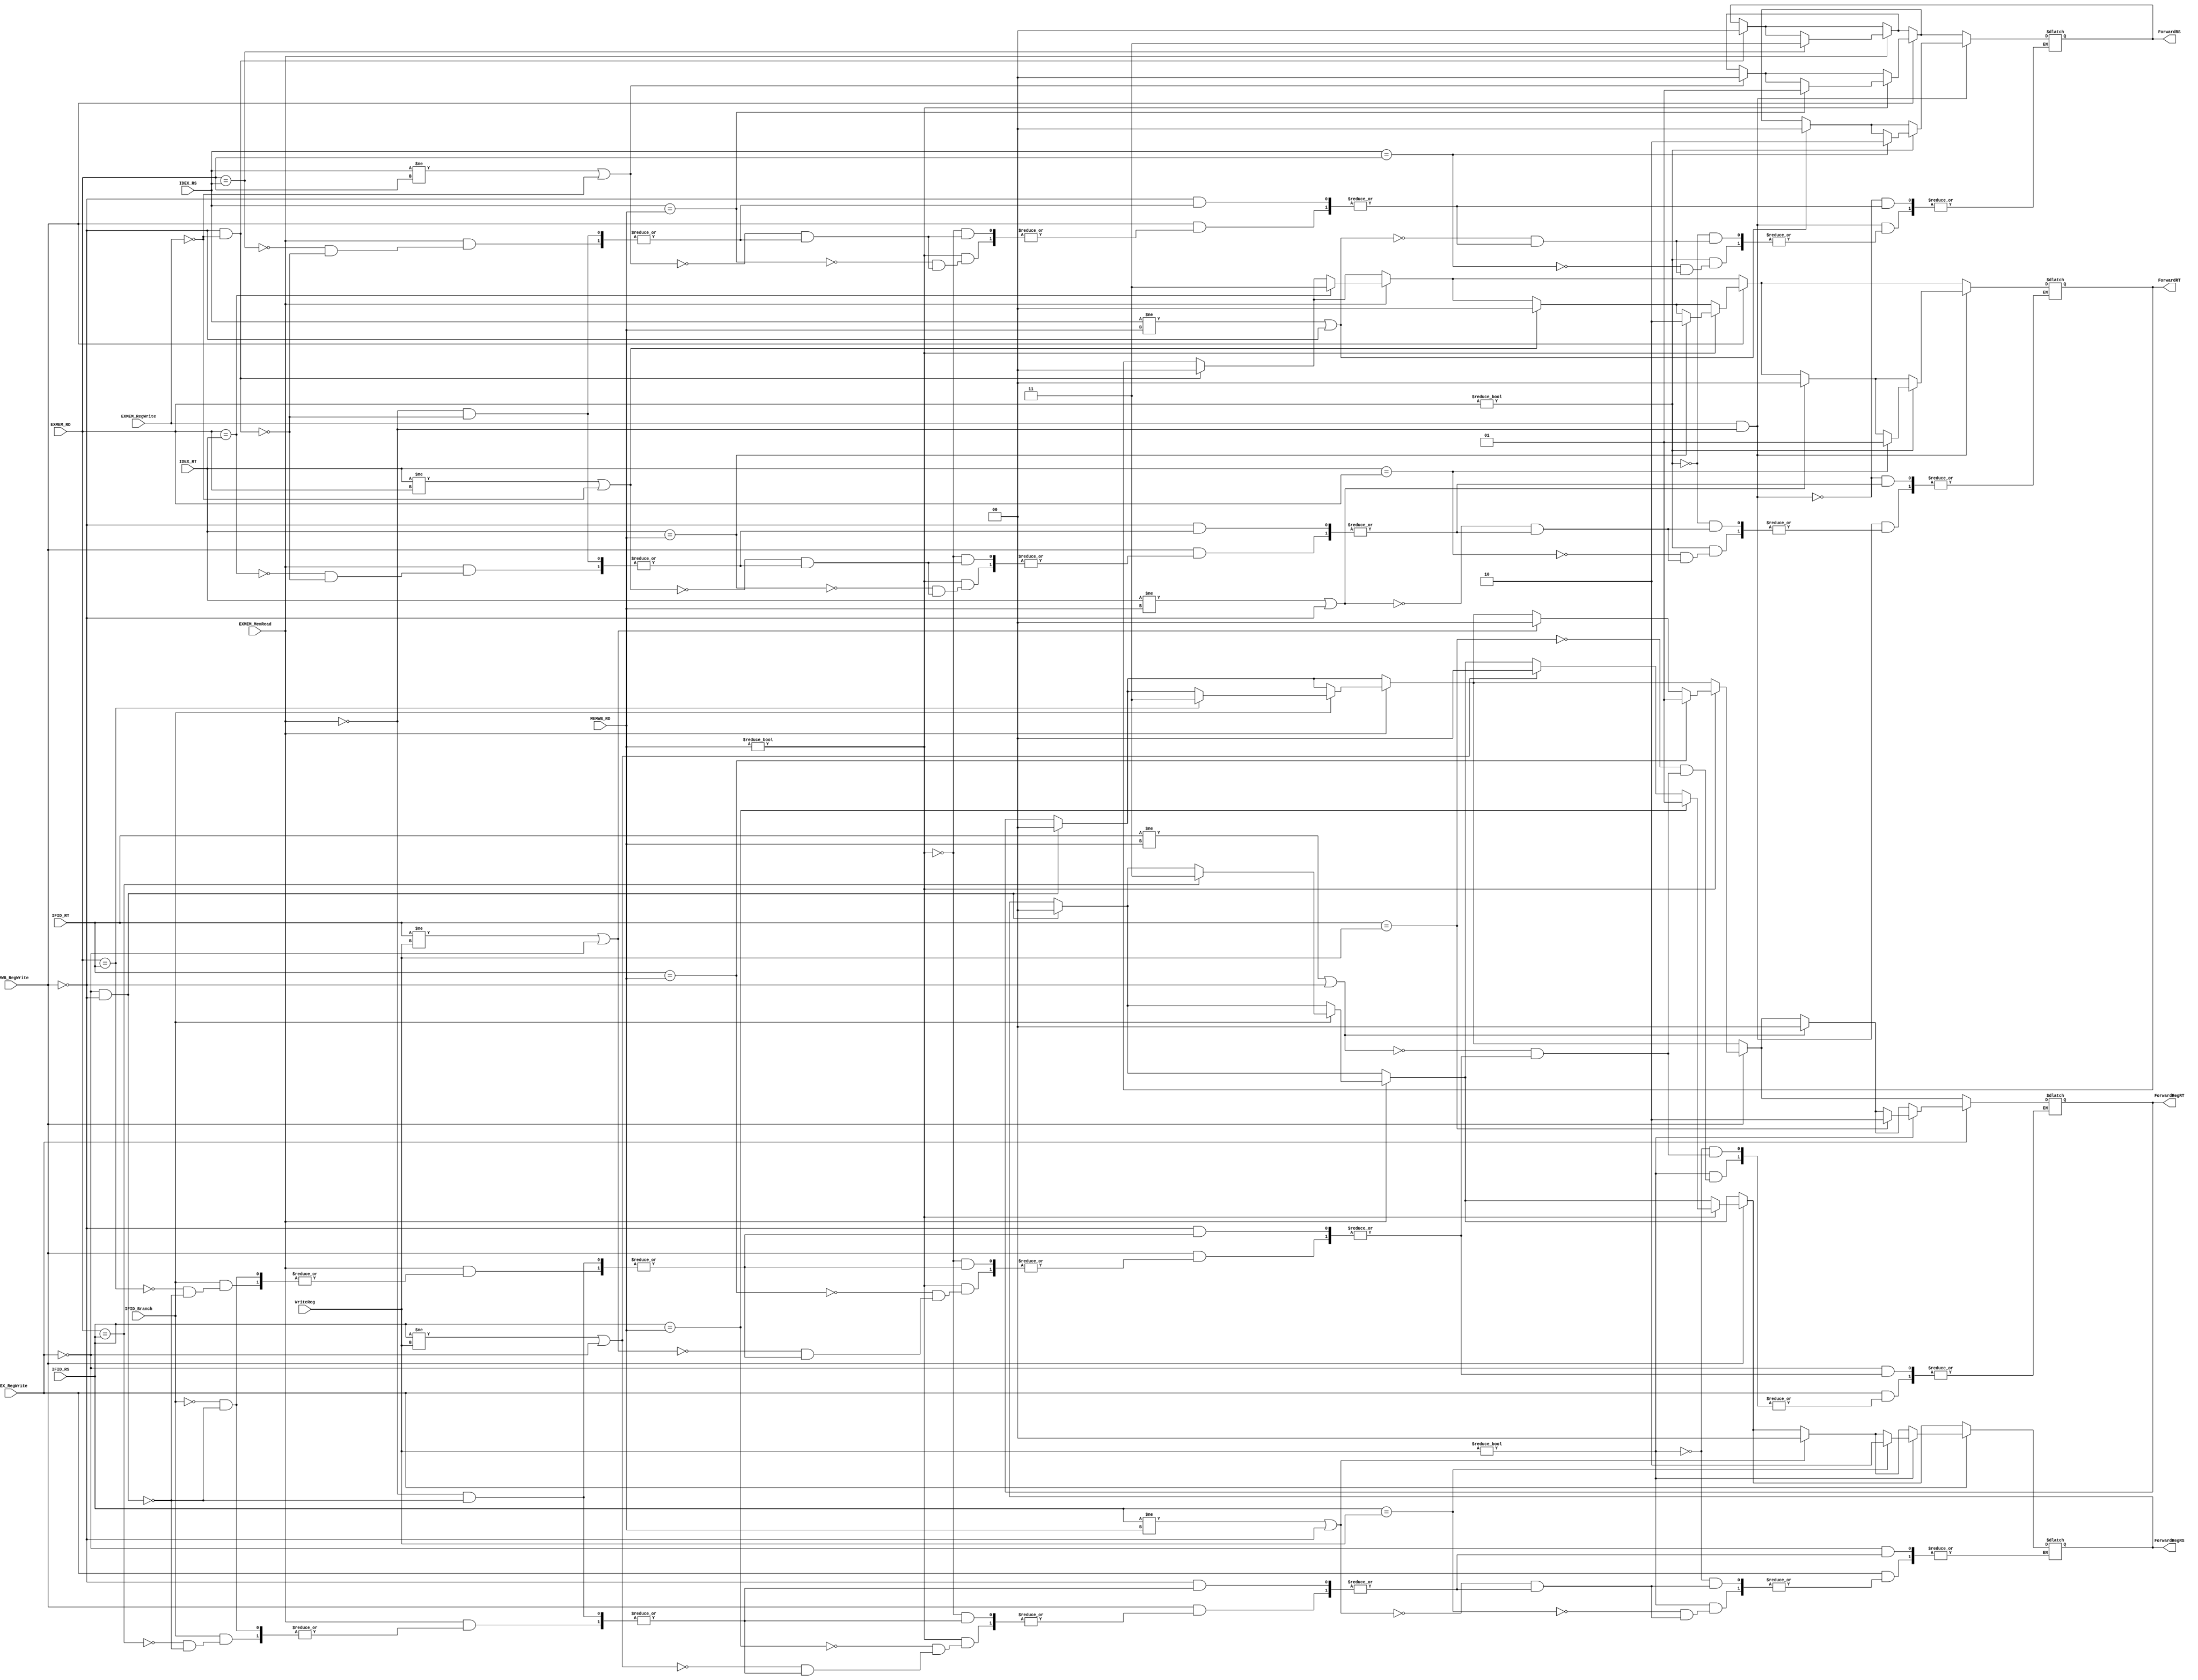
`timescale 1ns / 1ps
//////////////////////////////////////////////////////////////////////////////////
// Company: 
// Engineer: 
// 
// Design Name: 
// Module Name:    Forwarding_Unit 
// Project Name: 
// Target Devices: 
// Tool versions: 
// Description: 
//
// Dependencies: 
//
// Revision: 
// Revision 0.01 - File Created
// Additional Comments: 
//
//////////////////////////////////////////////////////////////////////////////////
module Forwarding_Unit(
		input [4:0] IDEX_RS,
		input [4:0] IDEX_RT,
		input [4:0] EXMEM_RD,
		input [4:0] MEMWB_RD,
		input MEMWB_RegWrite,
		input EXMEM_RegWrite,
		output reg [1:0] ForwardRS,
		output reg [1:0] ForwardRT,
		input [4:0] IFID_RS,
		input [4:0] IFID_RT,
		output reg [1:0]ForwardRegRS,
		output reg [1:0]ForwardRegRT,
		input [4:0] WriteReg,
		input IDEX_RegWrite,
		input EXMEM_MemRead,
		input IFID_Branch
		);	 
	 

	always@(IDEX_RS, IDEX_RT, IFID_RS, IFID_RT, MEMWB_RegWrite, EXMEM_RegWrite, EXMEM_RD, MEMWB_RD,EXMEM_MemRead,IDEX_RegWrite,IFID_Branch,WriteReg)begin

		if(IDEX_RegWrite != 1 && MEMWB_RegWrite != 1) begin
			ForwardRegRS <= 2'b00;
			ForwardRegRT <= 2'b00;
		
		end
		
		if(MEMWB_RegWrite!=1 && EXMEM_RegWrite!=1) begin
			ForwardRS <= 2'b00;
			ForwardRT <= 2'b00;
		end

		if(EXMEM_MemRead==1)begin
			if(EXMEM_RD== IDEX_RS)begin
				ForwardRS <= 2'b11;
			end
			
			if(EXMEM_RD == IDEX_RT)begin
				ForwardRT <= 2'b11;
			end
		
			if(IFID_Branch == 1)begin
			
				if(EXMEM_RD == IFID_RS)begin
					ForwardRegRS <= 2'b11;
				end
				
				if(EXMEM_RD == IFID_RT)begin
					ForwardRegRT <= 2'b11;
				end
			
			
			
			end
			

		
		end
		
		
		

		if(MEMWB_RegWrite==1)begin
			if(MEMWB_RD != 0)begin
						
						
				if(IDEX_RT == MEMWB_RD)begin
					ForwardRT <= 2'b10;
				end
				
				else if(IDEX_RT != EXMEM_RD || EXMEM_RegWrite!=1)begin
					ForwardRT <= 2'b00;
				end
				

				if(IDEX_RS == MEMWB_RD)begin
					ForwardRS <= 2'b01;
				end
						
				else if(IDEX_RS != EXMEM_RD || EXMEM_RegWrite!=1)begin
					ForwardRS <= 2'b00;
				end
				
				
				
				if(IFID_RS == MEMWB_RD)begin
					ForwardRegRS <= 2'b01;
				end
				
				else if(IFID_RS != WriteReg || IDEX_RegWrite!=1) begin
					ForwardRegRS <= 2'b00;
				end
				
				if(IFID_RT == MEMWB_RD)begin
					ForwardRegRT <= 2'b01;
				end
				
				else if(IFID_RT != WriteReg || IDEX_RegWrite!=1) begin
					ForwardRegRT <= 2'b00;
				end
				
				
			end
			else begin
				if(IDEX_RS != EXMEM_RD || EXMEM_RegWrite!=1) begin
					ForwardRS <= 2'b00;
				end
				
				if(IDEX_RT != EXMEM_RD || EXMEM_RegWrite!=1) begin
					ForwardRT <= 2'b00;
				end
				
			end
			
		end
		

		 if(EXMEM_RegWrite==1 && EXMEM_MemRead != 1)begin
			if(EXMEM_RD != 0)begin
			
				if(IDEX_RT == EXMEM_RD)begin
					ForwardRT <= 2'b01;
				end
			
				else if (IDEX_RT != MEMWB_RD || MEMWB_RegWrite != 1)begin
					ForwardRT <= 2'b00;
				end
			
				if(IDEX_RS == EXMEM_RD)begin
					ForwardRS <= 2'b10;
				end
				
				else if (IDEX_RS != MEMWB_RD || MEMWB_RegWrite != 1)begin
					ForwardRS <= 2'b00;
				end
/*				
				if(IFID_RS == EXMEM_RD)begin
					ForwardRegRS <= 2'b10;
				end
				
				else if(IFID_RS != MEMWB_RD || MEMWB_RegWrite != 1) begin
					ForwardRegRS <= 2'b00;
				end
				
				if(IFID_RT == EXMEM_RD)begin
					ForwardRegRT <= 2'b01;
				end
				
				else if(IFID_RT != MEMWB_RD || MEMWB_RegWrite != 1) begin
					ForwardRegRT <= 2'b00;
				end
	*/			
				
			end
			else begin
				if(IDEX_RS != MEMWB_RD || MEMWB_RegWrite != 1) begin
					ForwardRS <= 2'b00;
				end
				
				if(IDEX_RT != MEMWB_RD || MEMWB_RegWrite != 1) begin
					ForwardRT <= 2'b00;
				end
				
			end
			
			
		end
		
		if(IDEX_RegWrite == 1) begin
			
			if(WriteReg != 0) begin
				
				if(IFID_RS == WriteReg)begin
					ForwardRegRS <= 2'b10;
				end
				
				else if(IFID_RS != MEMWB_RD || MEMWB_RegWrite != 1) begin
					ForwardRegRS <= 2'b00;
				end
				
				if(IFID_RT == WriteReg)begin
					ForwardRegRT <= 2'b10;
				end
				
				else if(IFID_RT != MEMWB_RD || MEMWB_RegWrite != 1) begin
					ForwardRegRT <= 2'b00;
				end
			
			end
			
			else begin
				if(IFID_RS != MEMWB_RD || MEMWB_RegWrite != 1) begin
					ForwardRegRS <= 2'b00;
				end
				
				if(IFID_RT != MEMWB_RD || MEMWB_RegWrite != 1) begin
					ForwardRegRT <= 2'b00;
				end
				
			end
		
		
		end
		
		
	
	end
	
	


endmodule